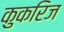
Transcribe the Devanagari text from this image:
कुकरिज